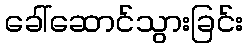
ခေါ်ဆောင်သွားခြင်း